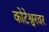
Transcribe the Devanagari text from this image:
कोटेश्वरवर